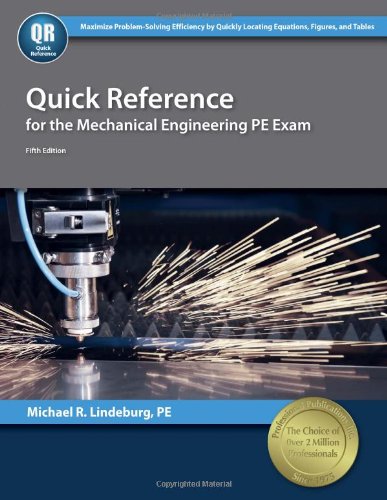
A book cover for Quick Reference for the Mechanical Engineering PE Exam; Michael  R. Lindeburg PE; Test Preparation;